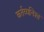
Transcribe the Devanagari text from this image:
कर्तव्यनिश्त